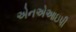
એનએઆઇપી